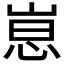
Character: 𫶃